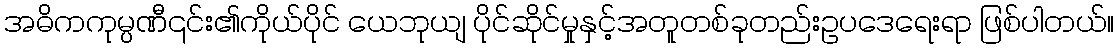
အဓိကကုမ္ပဏီ၎င်း၏ကိုယ်ပိုင် ယေဘုယျ ပိုင်ဆိုင်မှုနှင့်အတူတစ်ခုတည်းဥပဒေရေးရာ ဖြစ်ပါတယ်။